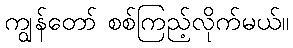
ကျွန်တော် စစ်ကြည့်လိုက်မယ်။